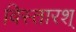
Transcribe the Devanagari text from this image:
विस्तारश्